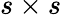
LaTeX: s\times s